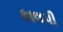
કાલપી